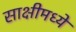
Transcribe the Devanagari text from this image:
साक्षीमध्ये